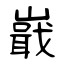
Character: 嶯